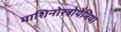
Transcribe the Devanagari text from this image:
माशिनोस्त्रोयेनिया